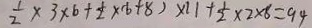
\frac { 1 } { 2 } \times 3 \times 6 + \frac { 1 } { 2 } \times ( 6 + 8 ) \times 1 1 + \frac { 1 } { 2 } \times 2 \times 6 = 9 4